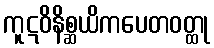
ကူဋဝိနိစ္ဆယိကပေတဝတ္ထု